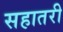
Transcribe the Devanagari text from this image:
सहातरी